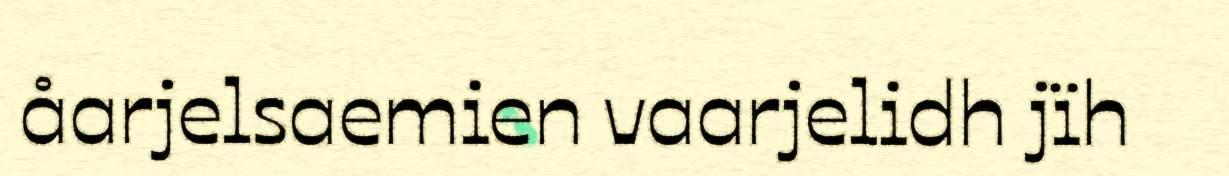
åarjelsaemien vaarjelidh jïh